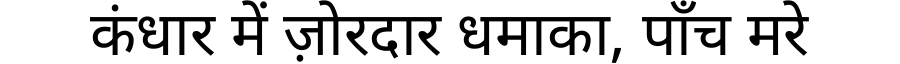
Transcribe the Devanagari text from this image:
कंधार में ज़ोरदार धमाका, पाँच मरे